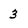
Character: 3